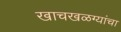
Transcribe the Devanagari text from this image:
खाचखळग्यांचा